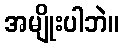
အမျိုးပါဘဲ။